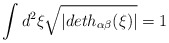
\begin{align*}\int d^{2}\xi \sqrt{|deth_{\alpha \beta}(\xi )|} = 1\end{align*}